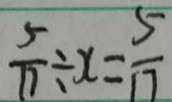
\frac { 5 } { 1 7 } \div x = \frac { 5 } { 1 7 }